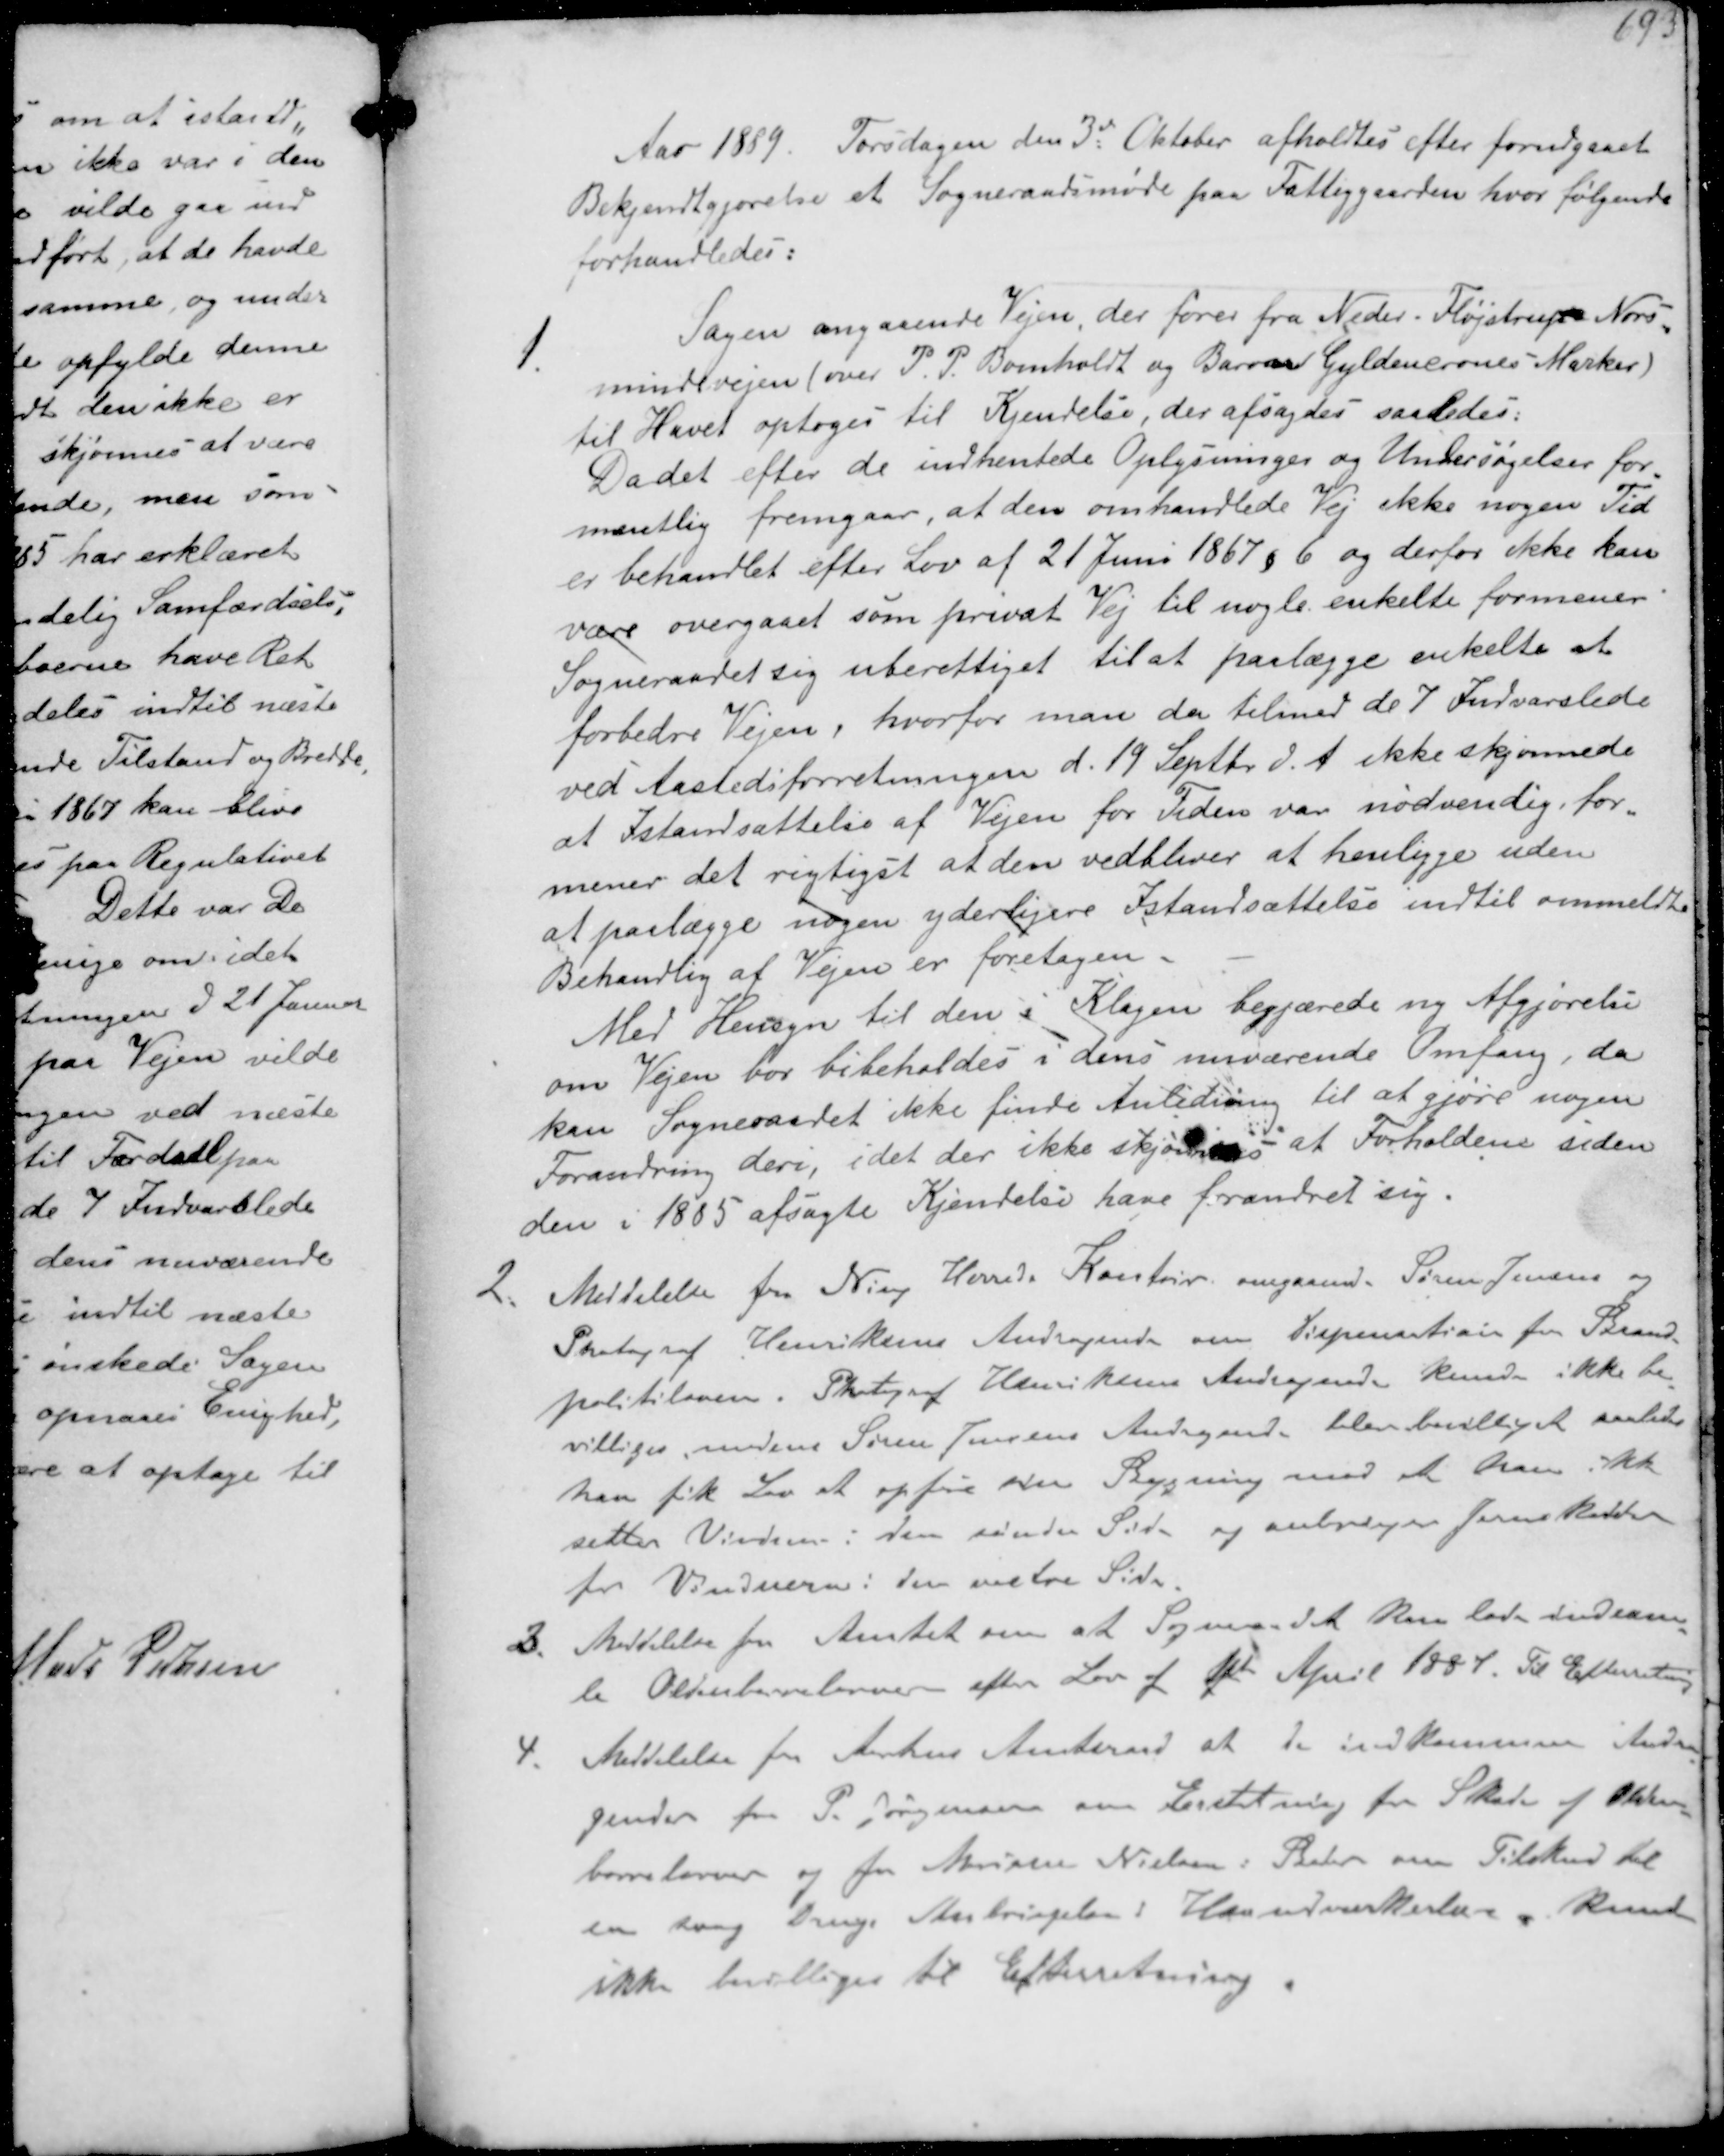
Transskription:
Aar 1859. Torsdagen den 3de Oktober afholdtes efter forudgaaet
Bekjendtgjørelse et Sogneraadsmøde paa Fattiggården, hvor følgende
forhandledes:
1.
Sagen angaaende Vejen der fører fra Neder Fløjstrup Nors-
mindevejen (over P. P. Bomholdt og Baron Gyldencrones Marker)
til Havet optoges til Kjendelse, der afsagdes saaledes:
Da det efter de indhentede Oplysninger og Undersøgelser for-
mentlig fremgaar, at den omhandlede Vej ikke nogen Tid
er behandlet efter Lov af 21 Juni 1867 § 6 og derfor ikke kan
være overgaaet som privat Vej til nogle enkelte formener
Sogneraadet sig uberettiget til at paalægge enkelte at
forbedre Vejen, hvorfor man da tilmed de 7 Indvarslede
ved Aastedsforretningen d. 19. Septbr d. A. ikke skjønnede
at Istandsættelse af Vejen for Tiden var nødvendig for-
mener det rigtigst at den vedbliver at henligge uden
at paalægge nogen yderligere istandsættelse indtil ommeldte
Behandlig af Vejen er foretagen.
Med Hensyn til den i Klagen begjærede ny Afgjørelse
om Vejen bør bibeholdes i dens nuværende Omfang, da
kan Sogneraadet ikke finde Anledning til at gjøre nogen
Forandring deri, idet der ikke skjønnes at Forholdene siden
den i 1885 afsagte Kendelse have forandret sig.
2. Meddelelse fra Ning Herreds Kontor angaaende Søren Jensen og
Photograf Henriksens Andragende om Dispensation fra Brand-
politiloven. Photograf Henriksens Andragende kunde ikke be-
villiges medens Søren Jensens Andragende blev bevilget saaledes
han til Lov at opføre sin Bygning mod at han ikke
setter Vinduer i den søndre Side og anbringer Jernskodder
for Vinduerne i den vestre Side
3. Meddelelse fra Amtet om at Sogneraadet kan lade indsam-
le Oldenborrelarver efter Lov af 1st April 1884. Til Efterretning
4. Meddelelse fra Aarhus Amtsraad at de indkommen Andra-
gender fra P. Jørgensen om Erstatning for Skade af Olden-
borrelarver og fra Marinus Nielsen i Beder om Tilskud til
en svag Drengs Anbringelse i Haandværkerlære kunde
ikke bevilliges til Efterretning